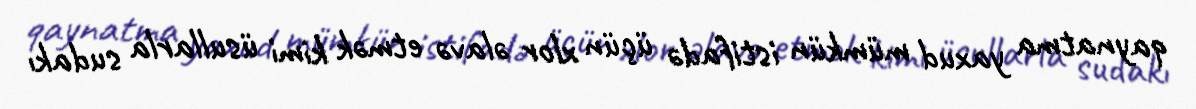
qaynatma yaxud mümkün istifadə üçün xlor əlavə etmək kimi üsullarla sudakı